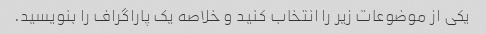
یکی از موضوعات زیر را انتخاب کنید و خلاصه یک پاراگراف را بنویسید.